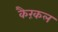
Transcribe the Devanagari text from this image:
कैरंकल